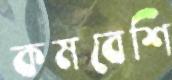
কমবেশি